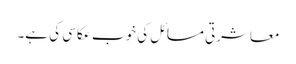
معاشرتی مسائل کی خوب عکاسی کی ہے۔